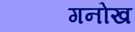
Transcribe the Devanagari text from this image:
गनोख